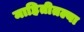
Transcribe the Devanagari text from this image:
माहितीतल्या